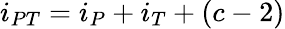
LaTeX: i_{PT}=i_{P}+i_{T}+(c-2)